Problem: 25 + 6 = ?
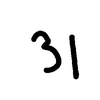
Handwritten answer: 31